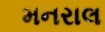
મનરાલ